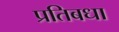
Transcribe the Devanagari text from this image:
प्रतिबधा